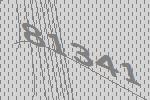
81341